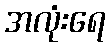
အလုံးရေ